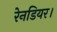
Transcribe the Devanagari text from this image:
रेनडियर।